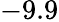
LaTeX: -9.9